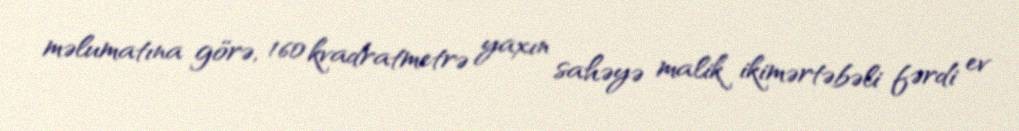
məlumatına görə, 160 kvadratmetrə yaxın sahəyə malik ikimərtəbəli fərdi ev